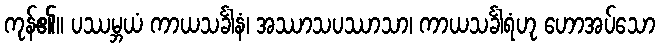
ကုန်၏။ ပဿမ္ဘယံ ကာယသင်္ခါနံ၊ အဿာသပဿာသာ၊ ကာယသင်္ခါရံဟု ဟောအပ်သော